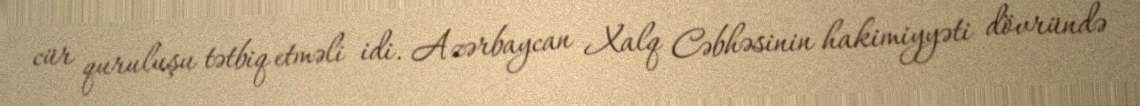
cür quruluşu tətbiq etməli idi. Azərbaycan Xalq Cəbhəsinin hakimiyyəti dövründə